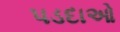
પડદાઓ